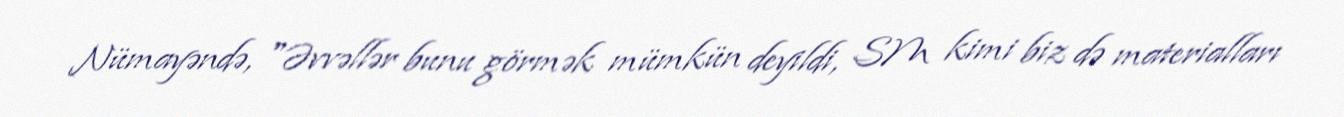
Nümayəndə, "Əvvəllər bunu görmək mümkün deyildi, SM kimi biz də materialları